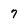
Character: 7